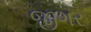
જીગર